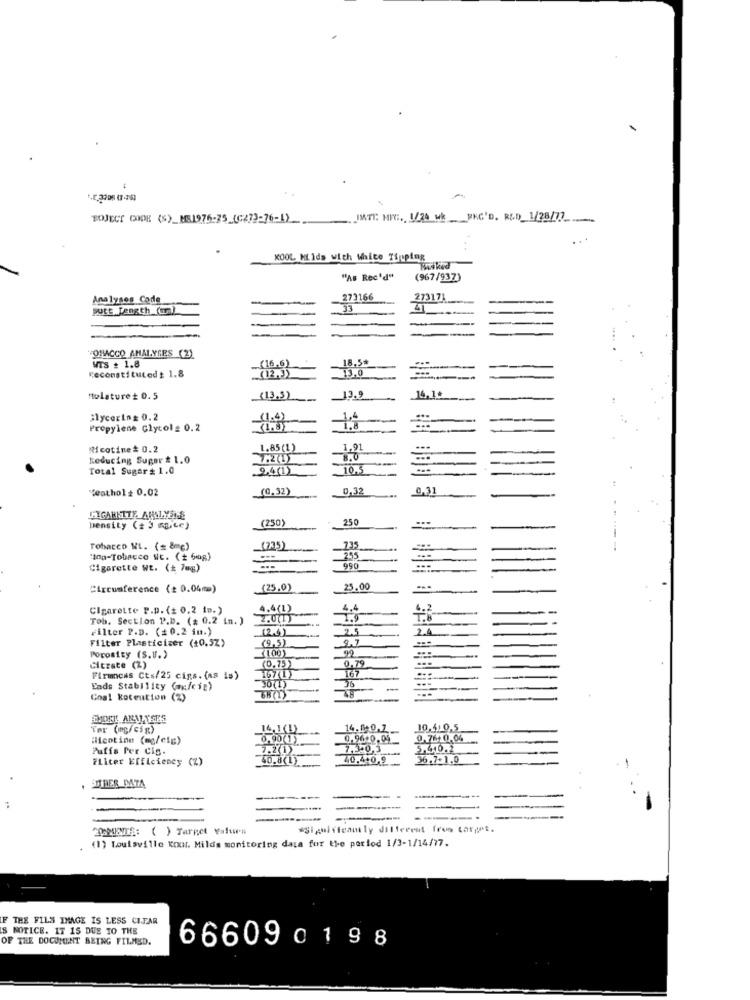
-
ROJECT CODE (S)_MS1975-25_(CZ73-76-1) ___ IMTI: HIC :., 1/20 Hk WNC'D. R&D 1/28/77
KOOL MLIds with White Tipping
Husked
"AB Rec'd"
(967/937)
Analyses Code
273166
273171
-
putt Length ()
33
4
-
-
FORACCO ANALYSES (2)
18,50
WTS # 1.8
(12,3)
13,0
Reconstituted : 1.8
Holature + 0.5
.(13,5)
13.9
14.1+
Glycerin= 0.2
Propylene Glycol # 0.2
Nicotine# 0.2
1.85 (1)
1.91
Reducing Super $ 1.0
8.0
Total Sugar # 1.0
24(1)
10,5
Ceathol + 0.02
(G. 32)
0,32
0,31
250
Density (# 3 mg.ce)
(250)
Tobacco ML. (# 8mg)
(775)
735
"Ina-Tobacco ME. (+ 60g)
395
Cigarette Wt. (+ 70g)
...
990
...
Circumference (: 0.04mm)
(25.0)
25.00
Cigarette P.p. (2 0,2 in.)
4.4(1)
Tob. Section P.D. ($ 0.2 in. )
2.0()
1.9
Filter P.D. (#0.2 in.)
(2.4)
25
2.A
Filter Plasticizer (10.5Z)
(9,5)
9.7
(100)
99
Porosity (S.U.)
(0.75)
0,79
Citzate (2)
167
Firuncas Cts/25 cigs. (As is)
167 (1)
Eads Stability (aufcip)
30(1)
...
Coal koteution (%)
BB (1)
Før (mg/cix)
14,1 (1)
14.6-0.7
10,4:0.5
illentine (mg/eig)
0.90(1)
0.96+0.04_
0,76+ 0,04
Puffs Per Cis.
7.2(1)
7.340,3
5.4.0.2
FLicer Efficiency (%)
40.8(1)
40.4+0,9
36.7+1.0
STRER DATA
---
---
------
COMENTS: ( ) Target Values
*Significantly different fros target.
(1) Louisville Knur. Milds monitoring data for the period 1/3-1/14/77.
IF THE FILS IMAGE IS LESS CITAR
IS NOTICE. IT 15 DUE TO THE
OF THE DOCUMENT BEING FILMED.
666090198